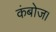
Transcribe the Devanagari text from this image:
कंबोज।